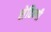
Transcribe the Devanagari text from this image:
सेविन्गी